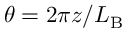
\theta = 2 \pi z / L _ { \mathrm { B } }